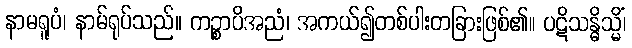
နာမရူပံ၊ နာမ်ရုပ်သည်။ ကဉ္စာပိအညံ၊ အကယ်၍တစ်ပါးတခြားဖြစ်၏။ ပဋိသန္ဓိသ္မိံ၊